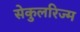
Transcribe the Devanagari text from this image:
सेकुलरिज्म